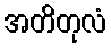
အတိတုလံ